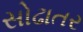
સોઢાતર